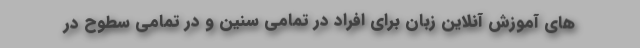
های آموزش آنلاین زبان برای افراد در تمامی سنین و در تمامی سطوح در